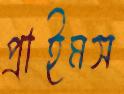
প্রাইমস